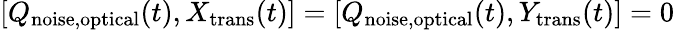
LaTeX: [Q_{\mathrm{noise,optical}}(t),X_{\mathrm{trans}}(t)]=[Q_{\mathrm{noise,optical}}(t),Y_{\mathrm{trans}}(t)]=0